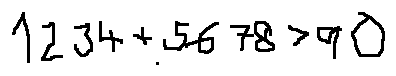
1 2 3 4 + 5 6 7 8 > 9 0